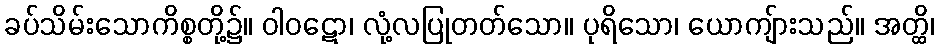
ခပ်သိမ်းသောကိစ္စတို့၌။ ဝါဝဋော၊ လုံ့လပြုတတ်သော။ ပုရိသော၊ ယောကျ်ားသည်။ အတ္ထိ၊